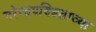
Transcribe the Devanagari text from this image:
नरेन्द्रपण्डिताच्या